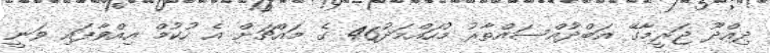
ދިއްދޫ ޖަރީމާގޭ އަބްދުއްސައްތާރު މުހައްމަދު46 ގެ މައްޗަށް އެ ހުކުމް އިއްވާފައި ވަނީ